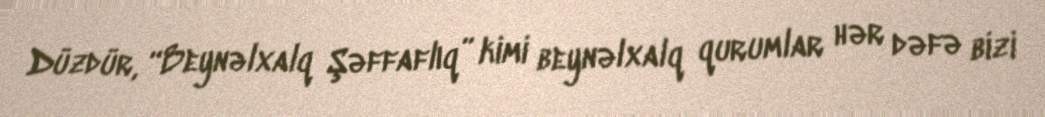
Düzdür, “Beynəlxalq Şəffaflıq” kimi beynəlxalq qurumlar hər dəfə bizi